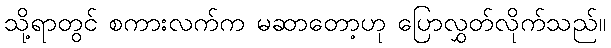
သို့ရာတွင် စကားလက်က မဆာတော့ဟု ပြောလွှတ်လိုက်သည်။